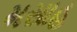
મસાહ